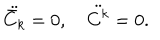
\ddot { { \bar { C } } _ { k } } = 0 , \quad \ddot { { C } ^ { k } } = 0 .